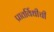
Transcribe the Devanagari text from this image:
प्रातर्विधीची